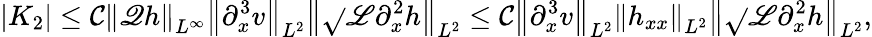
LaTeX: |K_{2}|\leq\mathcal{C}\left\| \mathscr{{Q}}h\right\| _{L^{\infty}}\left\| \partial_{x}^{3}v\right\| _{L^{2}}\left\| \sqrt{}{{\mathscr{{L}}}}\partial_{x}^{2}h\right\| _{L^{2}}\leq\mathcal{C}\left\| \partial_{x}^{3}v\right\| _{L^{2}}\left\| h_{xx}\right\| _{L^{2}}\left\| \sqrt{}{{\mathscr{{L}}}}\partial_{x}^{2}h\right\| _{L^{2}},